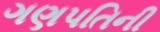
ગણપતિની